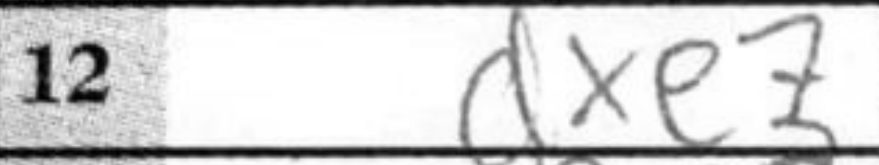
Transcription: dxe7